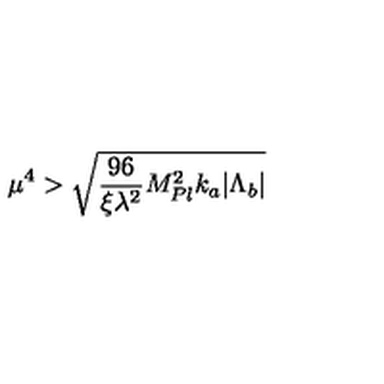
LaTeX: \mu ^ { 4 } > \sqrt { \frac { 9 6 } { \xi \lambda ^ { 2 } } M _ { P l } ^ { 2 } k _ { a } | \Lambda _ { b } | }